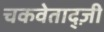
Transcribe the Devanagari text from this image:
चकवेताद्ज़ी